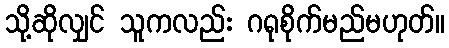
သို့ဆိုလျှင် သူကလည်း ဂရုစိုက်မည်မဟုတ်။